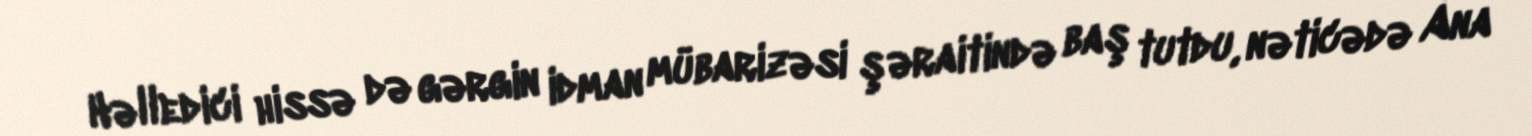
Həlledici hissə də gərgin idman mübarizəsi şəraitində baş tutdu, nəticədə Ana